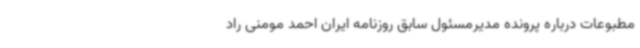
مطبوعات درباره پرونده مدیرمسئول سابق روزنامه ایران احمد مومنی راد